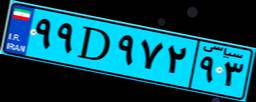
۸۲D۸۴۳۶۳